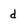
Character: d